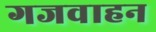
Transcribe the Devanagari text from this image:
गजवाहन